Vaccination in the Punjab 1897-1904 - 1897-1904
Year: 1897
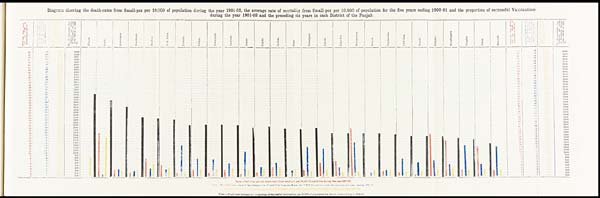
Diagram showing the death-rates from Small-pox per 10,000 of population during the year 1901-02, the average rate of mortality from Small-pox per 10,000 of population for the five years ending 1900 01 and the proportion of successful Vaccinations
during the year 1901-02 and the preceding six years in each District of the Punjab.